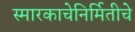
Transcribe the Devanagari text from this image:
स्मारकाचेनिर्मितीचे